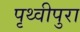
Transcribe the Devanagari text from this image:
पृथ्वीपुरा